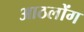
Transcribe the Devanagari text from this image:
आठलोंग